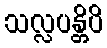
သလ္လပန္တိပိ